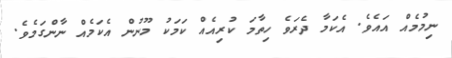
ނިމުމެއް އައެވެ. އެކަމާ ދެރަވެ ހިތާމަ ކުރިއެއް ކަމަކު މޫނުން އެކަމެއް ނާންގަމެވެ.